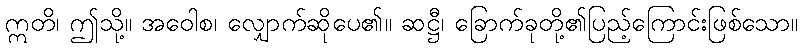
ဣတိ၊ ဤသို့။ အဝေါစ၊ လျှောက်ဆိုပေ၏။ ဆဋ္ဌီ၊ ခြောက်ခုတို့၏ပြည့်ကြောင်းဖြစ်သော။